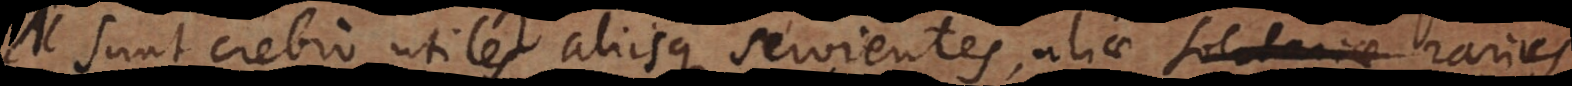
e sunt crebro utiles aliisque servientes, aliae solitariae rarius